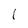
Character: l